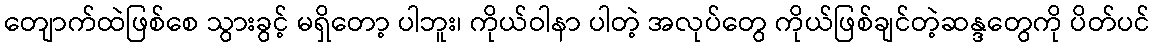
တျောက်ထဲဖြစ်စေ သွားခွင့် မရှိတော့ ပါဘူး၊ ကိုယ်ဝါနာ ပါတဲ့ အလုပ်တွေ ကိုယ်ဖြစ်ချင်တဲ့ဆန္ဒတွေကို ပိတ်ပင်